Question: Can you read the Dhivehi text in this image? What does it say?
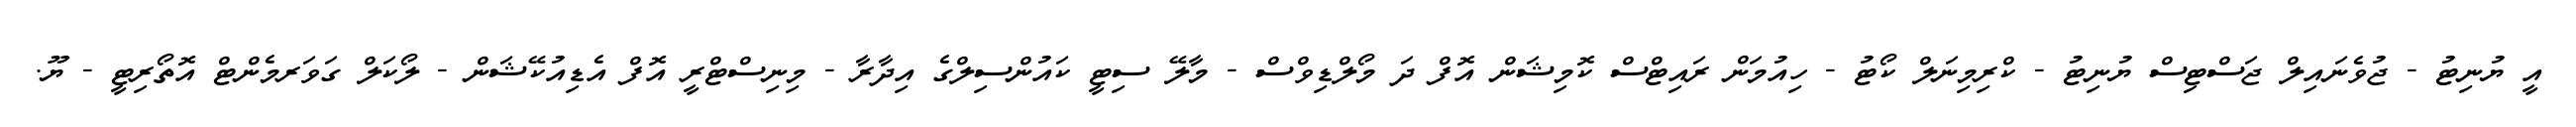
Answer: އީ ޔުނިޓު - ޖުވެނައިލް ޖަސްޓިސް ޔުނިޓު - ކްރިމިނަލް ކޯޓު - ހިއުމަން ރައިޓްސް ކޮމިޝަން އޮފް ދަ މޯލްޑިވްސް - މާލޭ ސިޓީ ކައުންސިލްގެ އިދާރާ - މިނިސްޓްރީ އޮފް އެޑިއުކޭޝަން - ލޯކަލް ގަވަރމެންޓް އޮތޯރިޓީ - ޔޫ.